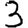
Digit: 3